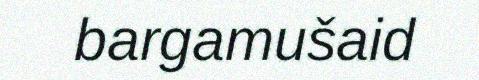
bargamušaid